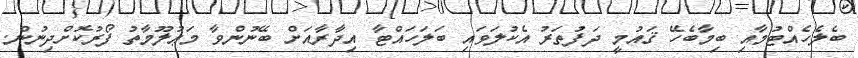
ބެލެހެއްޓުމާއި ބިމާބެހޭ ޤައުމީ ދަފުތަރު އެކުލަވައި ބަލަހައްޓާ އިދާރާއަށް ބޭނުންވާ މަޢުލޫމާތު ފޯރުކޮށްދިނުން.